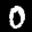
Label: 0